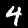
Digit: 4